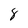
Character: 8